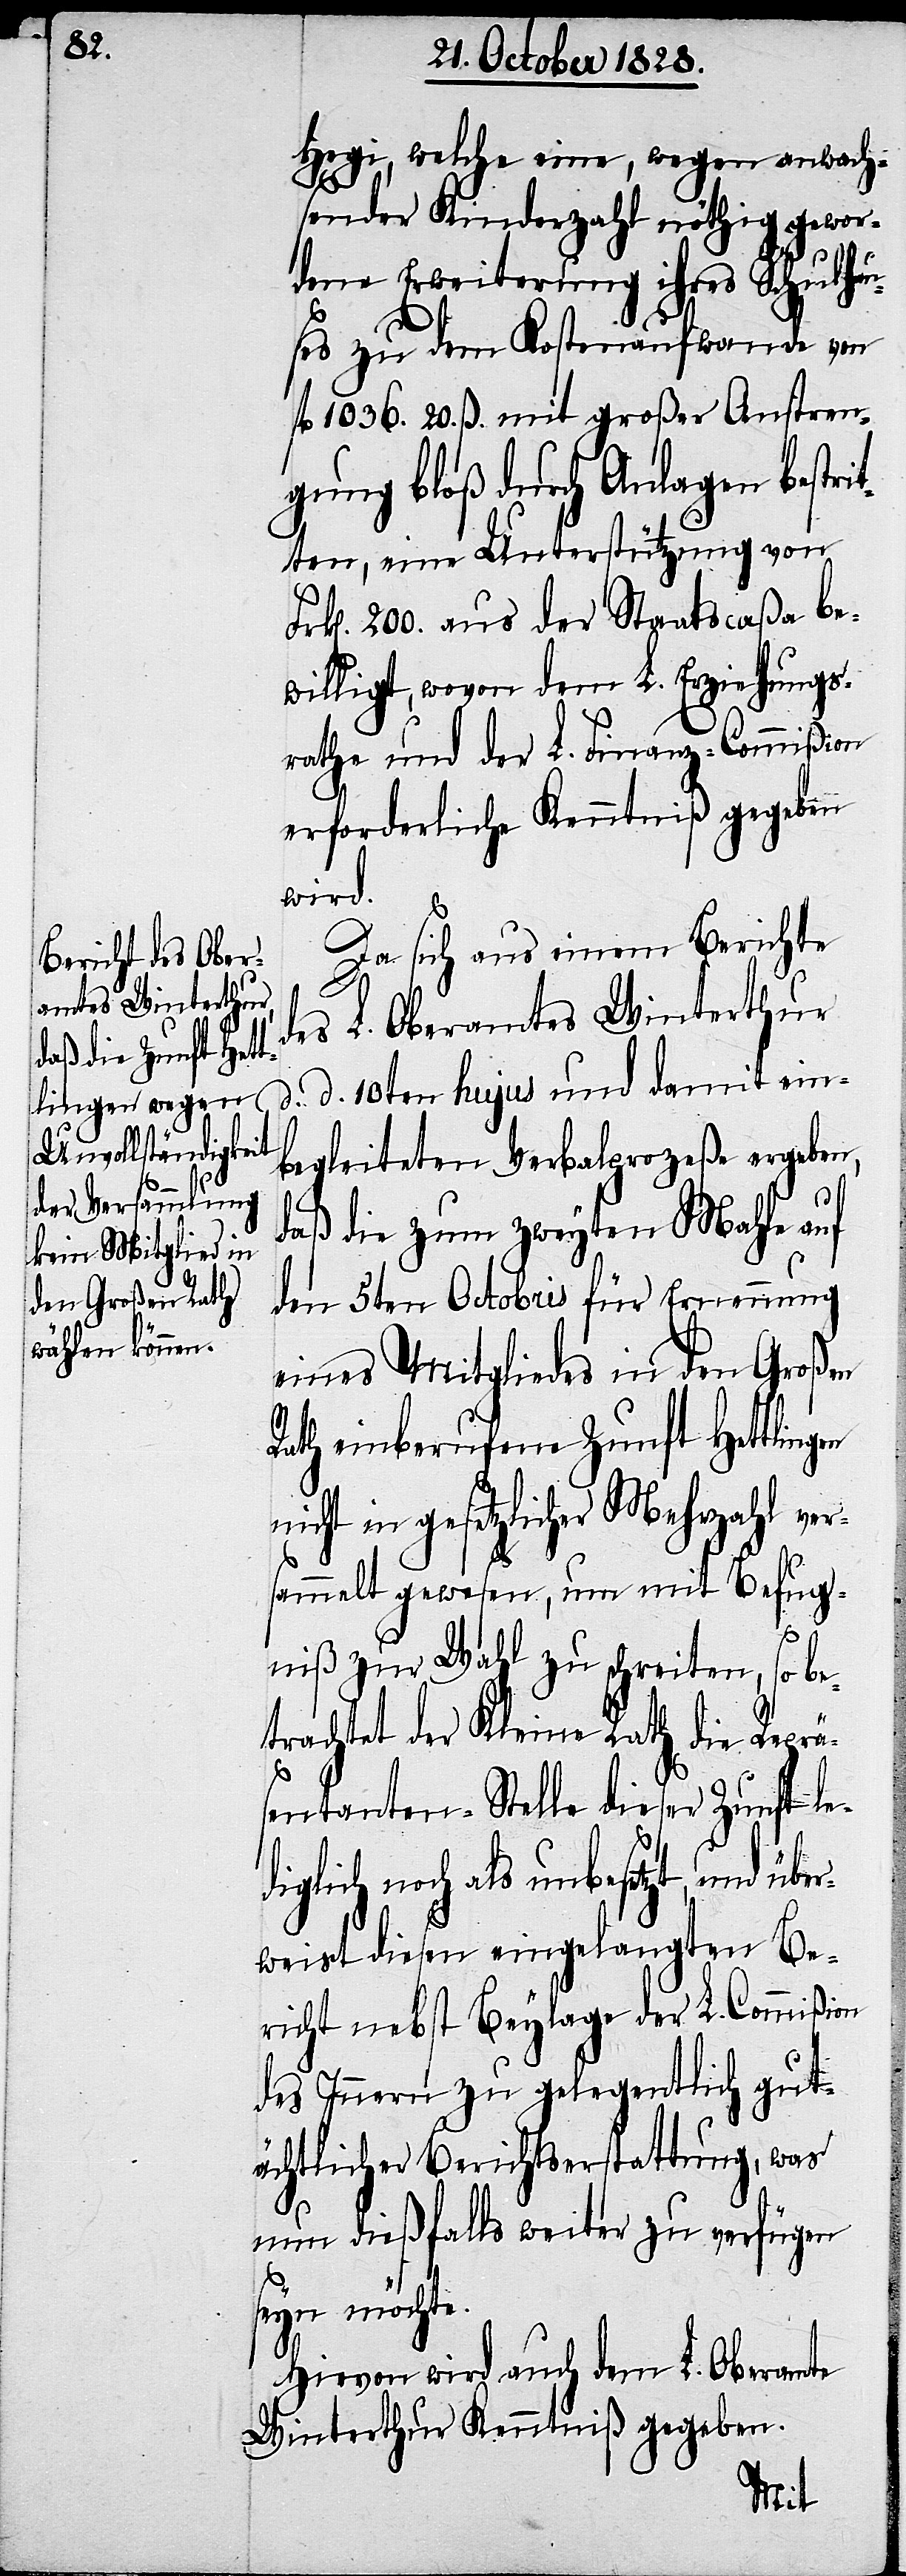
Fr¬

gen

Hegi, welche eine, wegen anwach¬
sender Kinderzahl nöthig gewor¬
dene Erweiterung ihres Schulhau¬
ses zu dem Kostenaufwande von
fl. 1036. 20. ß. mit großer Anstren¬
gung bloß durch Anlagen bestrit¬
ten, eine Unterstützung von
k[en]. 200. aus der Staatscaßa be¬
willigt, wovon dem L. Erziehungs¬
rathe und der L. Finanz-Commißion
erforderliche Kenntniß gegeben
wird.
Da sich aus einem Berichte
des L. Oberamtes Winterthur
d. d. 20ten hujus und damit ein¬
begleiteten Verbalprozeße ergeben,
daß die zum zweyten Mahle auf
den 5ten Octobris für Ernennung
eines Mitgliedes in den Großen
Rath einberufene Zunft Hettlin¬
nicht in gesetzlicher Mehrzahl ver¬
sammelt gewesen, um mit Befug¬
niß zur Wahl zu schreiten, so b¬
etrachtet der Kleine Rath die Reprä¬
sentanten-Stelle dieser Zunft le¬
iglich noch als unbesetzt, und üb¬
erweist diesen eingelangten Be¬
richt nebst Beylage der L. Commißion
des Innern zu gelegentlich gut¬
ächtlicher Berichtserstattung, was
d¬
nun dießfalls weiter zu verfügen
seyn möchte.
Hievon wird auch dem L. Oberamte
Winterthur Kenntniß gegeben.